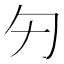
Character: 𠣌